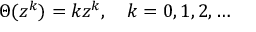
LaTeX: \Theta ( z ^ { k } ) = k z ^ { k } , \quad k = 0 , 1 , 2 , \dots